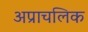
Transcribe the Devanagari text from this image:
अप्राचलिक